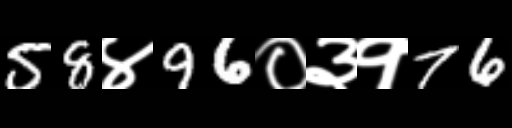
Text: 58४96०३१76